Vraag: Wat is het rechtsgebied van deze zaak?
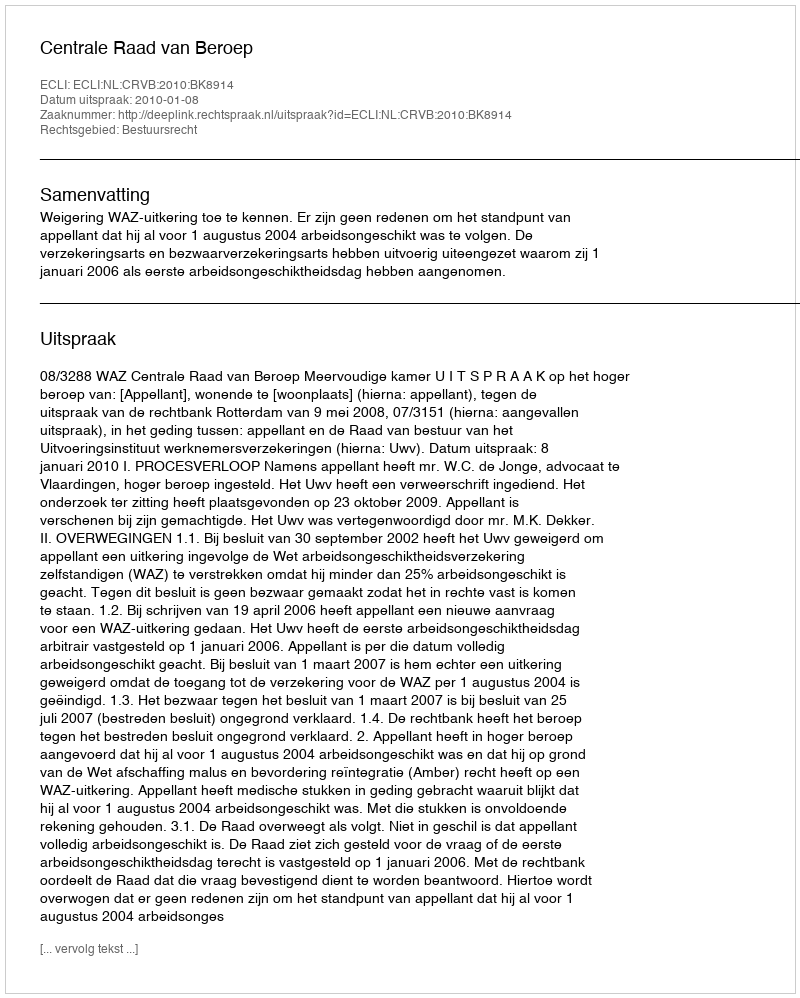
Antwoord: Bestuursrecht